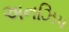
અનઝિપ